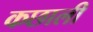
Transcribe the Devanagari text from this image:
कछाली